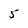
Character: 5